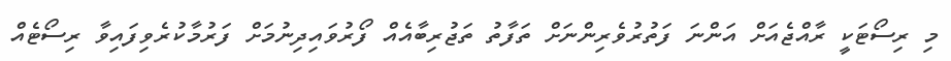
މި ރިސޯޓަކީ ރާއްޖެއަށް އަންނަ ފަތުރުވެރިންނަށް ތަފާތު ތަޖުރިބާއެއް ފޯރުވައިދިނުމަށް ފަރުމާކުރެވިފައިވާ ރިސޯޓެއް